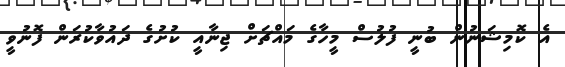
އެ ކޮމިޝަނުން ބުނީ ފުލުސް މީހާގެ މައްޗަށް ޖިނާއީ ކުށުގެ ދައުވާކުރަން ފޮނުވީ